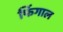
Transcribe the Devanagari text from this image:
फिंगाल